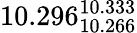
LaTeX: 10.296_{10.266}^{10.333}